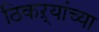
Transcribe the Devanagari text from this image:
ठिकऱ्यांच्या